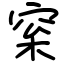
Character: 梥